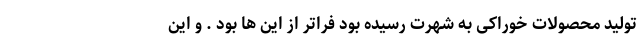
تولید محصولات خوراکی به شهرت رسیده بود فراتر از این ها بود . و این